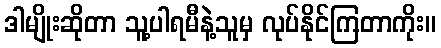
ဒါမျိုးဆိုတာ သူ့ပါရမီနဲ့သူမှ လုပ်နိုင်ကြတာကိုး။